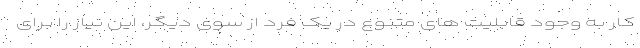
کار به وجود قابلیت های متنوع در یک فرد از سوی دیگر، این نیاز را برای